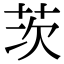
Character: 茨